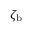
{ \zeta _ { \mathrm { b } } }